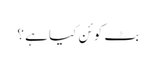
بٹ کوئن کیا ہے ؟